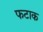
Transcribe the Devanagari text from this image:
फटाक